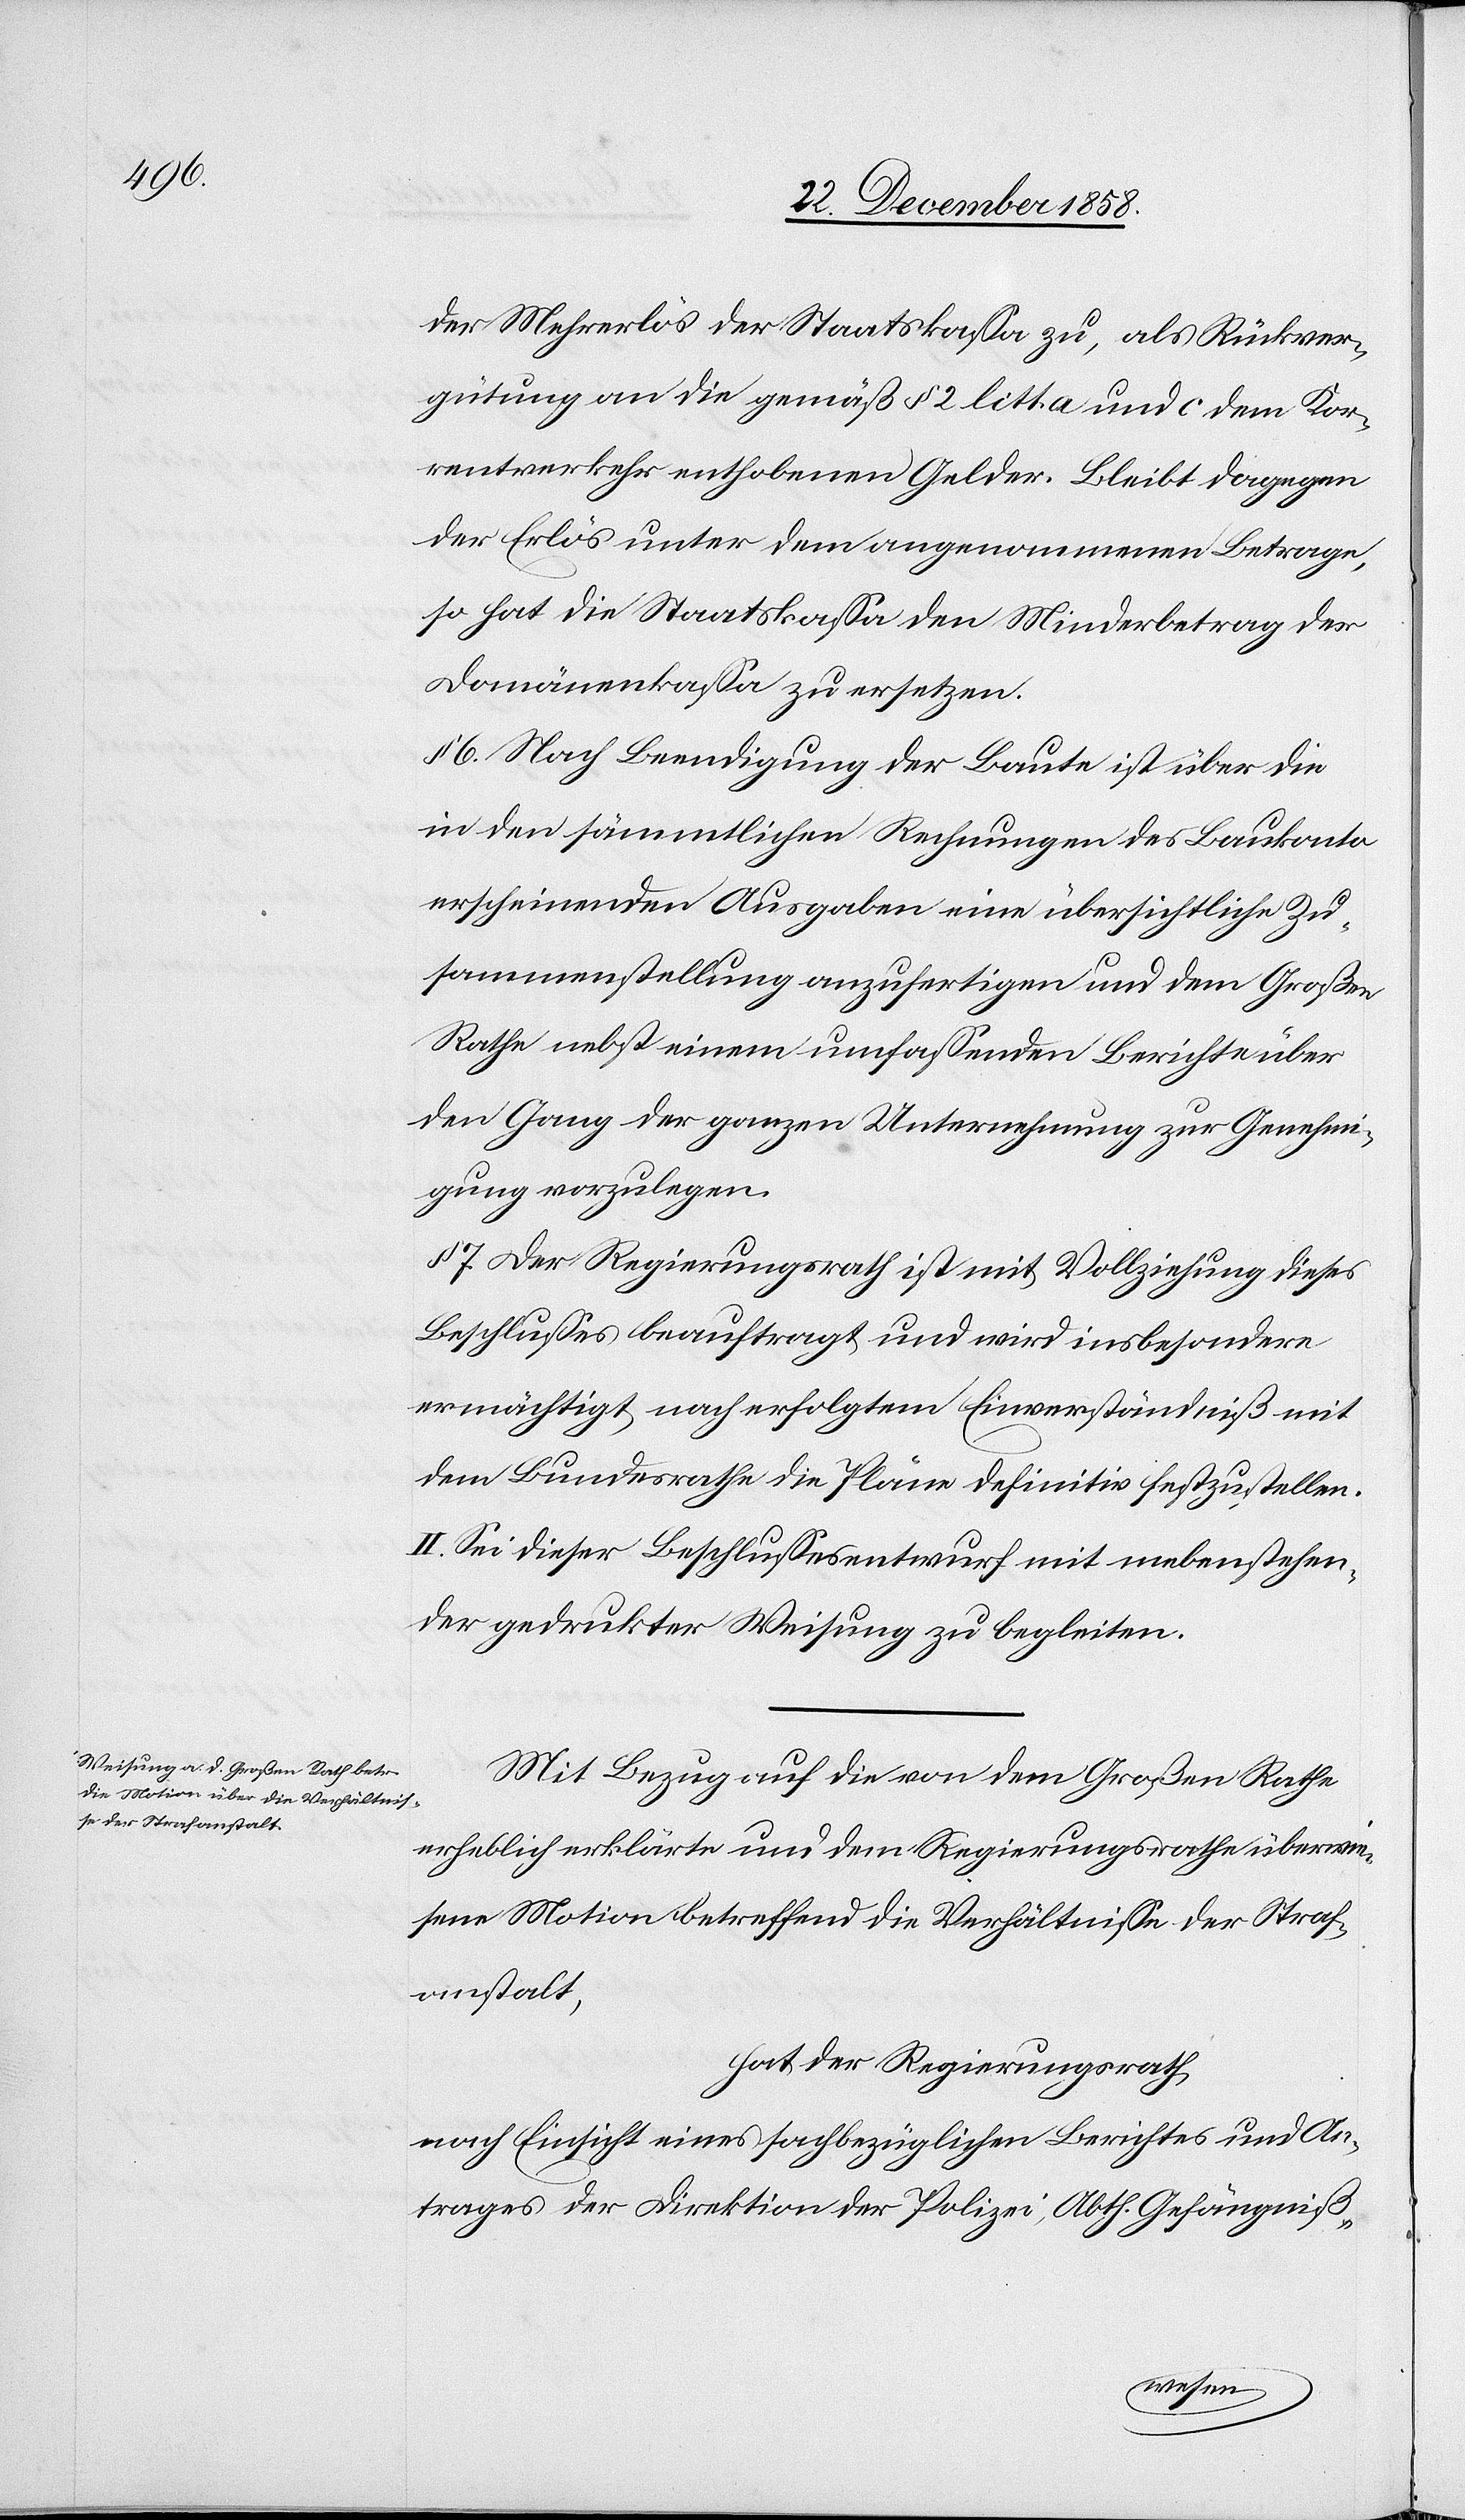
29 November 1857
hat der Regierungsrath
nach Einsicht eines Antrages der Direktion des In¬
Zehntens,